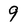
Character: 9